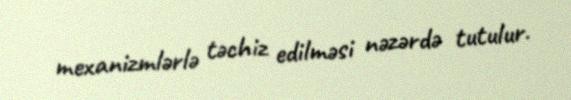
mexanizmlərlə təchiz edilməsi nəzərdə tutulur.